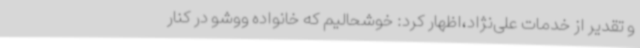
و تقدیر از خدمات علی‌نژاد،اظهار کرد: خوشحالیم که خانواده ووشو در کنار